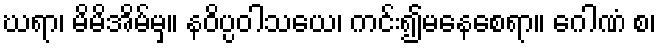
ဃရာ၊ မိမိအိမ်မှ။ နဝိပ္ပဝါသယေ၊ ကင်း၍မနေစေရာ။ ဂေါဏံ စ၊